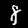
Digit: 8